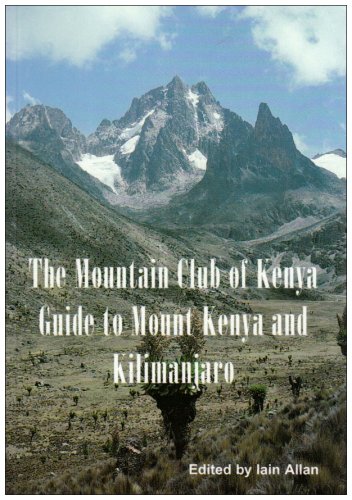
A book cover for Guide to Mount Kenya and Kilimanjaro; Iain Allan; Travel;